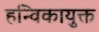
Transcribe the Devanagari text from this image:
हन्विकायुक्त